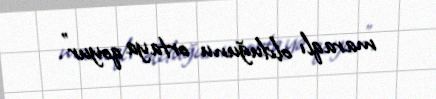
maraqlı olduğunu ortaya qoyur".